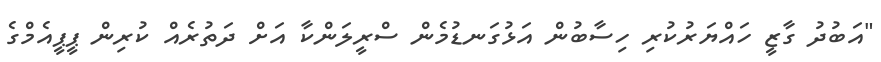
"އަބުދު ގާޒީ ހައްޔަރުކުރި ހިސާބުން އަޅުގަނޑުމެން ސްރީލަންކާ އަށް ދަތުރެއް ކުރިން ޕީޕީއެމްގެ